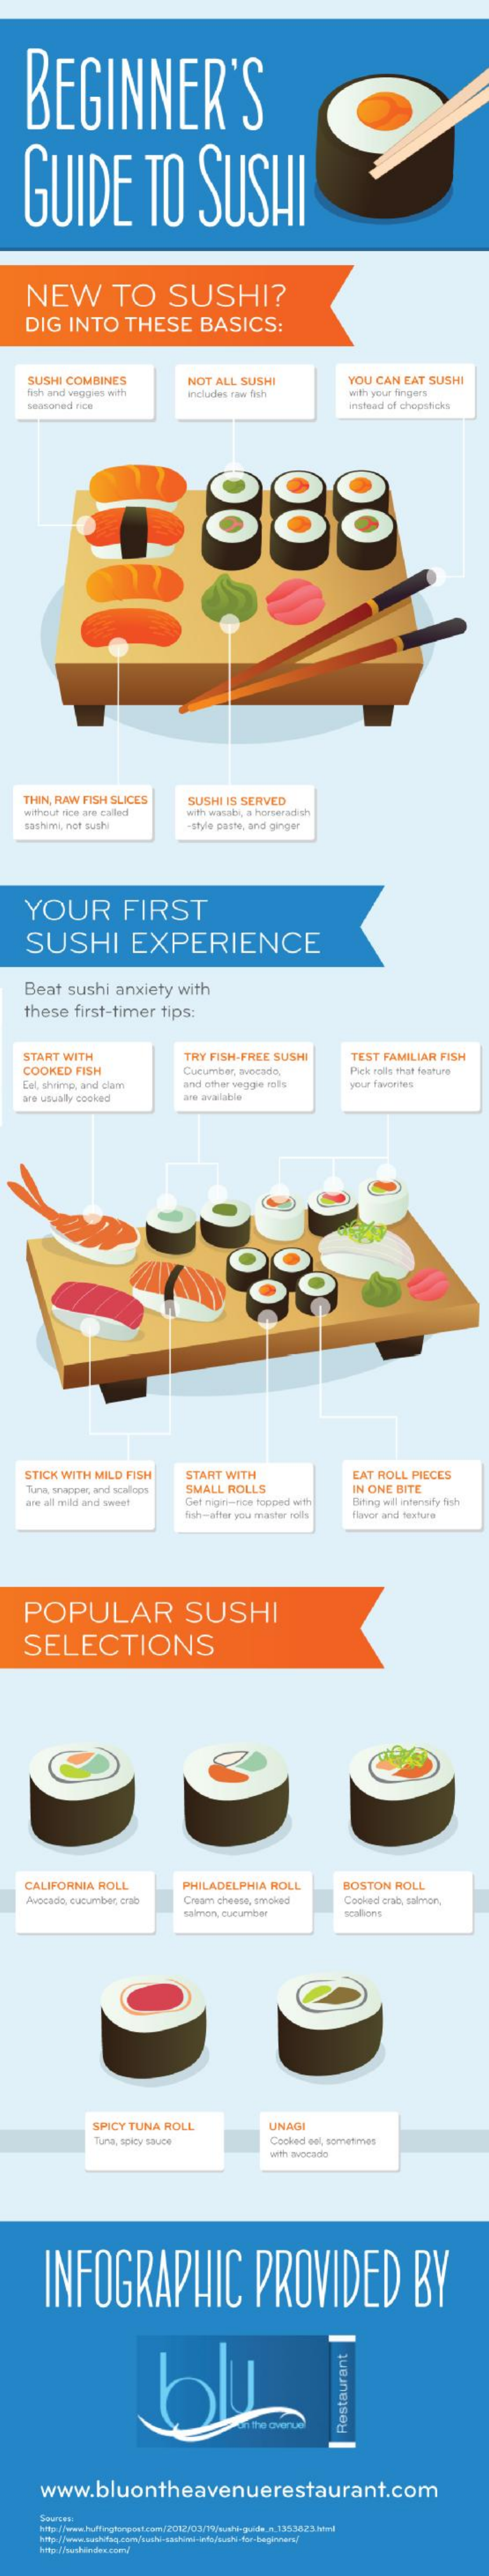
BEGINNER'S
   GUIDE    TO    SUSHI
    NEW    TO    SUSHI?
    DIG  INTO    THESE    BASICS:
    SUSHI COMBINES
    tish and veggies with
     NOT ALL SUSHI    YOU CAN EAT SUSHI
     includes taw fish    with your fingers
    semoned nica    instead of chopsticks
     8
   THIN, RAW FISH SLICES  SUSHI IS SERVED
   without rice are caled with wasabi, a horseradishs
    sashimi, not sushi    -style paste, and ginger
    YOUR    FIRST
    SUSHI    EXPERIENCE
   Beat  sushi  anxiety with
   these  first-timer tips:
   START WITH    TRY FISH-FREE SUSHI    TEST FAMILIAR FISH
   COOKED FISH    Cucumber, avocado,    Pick solls that feature
   Eal, shrimp, and clam and other veggie rolls your favorites
   are usually cooked    are available
    STICK WITH MILD FISH  START WITH    EAT ROLL PIECES
    Tuna snapper, and scallops SMALL ROLLS
     Get nigiri-tice topped with
     IN ONE BITE
    are all mild and sweet    Biting wdl intensify fish
     Ash-after you master rolls flyveor and texture
   POPULAR    SUSHI
    SELECTIONS
    CALIFORNIA ROLL    PHILADELPHIA ROLL    BOSTON ROLL
    Avocado, cucumber, crab Cream cheape, proked Cooked erab, salmon,
     salmon, cucumber
     SPICY TUNA ROLL    UNAGI
     Tuna, spicy sauce    Cooked eel, somemmes
     with avocado
     INFOGRAPHIC    PROVIDED    BY
     Restaurant
     www.bluontheavenuerestaurant.com